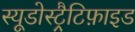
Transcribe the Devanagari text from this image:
स्यूडोस्ट्रैटिफ़ाइड